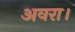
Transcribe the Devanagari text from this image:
अवरा।